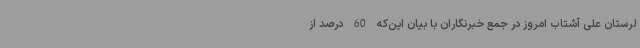
لرستان علی آشتاب امروز در جمع خبرنگاران با بیان این‌که 60 درصد از